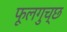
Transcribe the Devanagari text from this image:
फूलगुच्छ